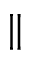
\parallel